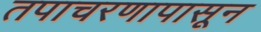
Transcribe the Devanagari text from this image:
तपाचरणापासून